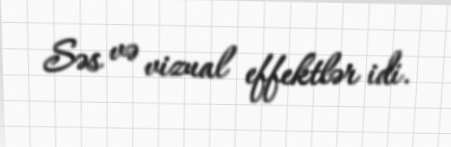
Səs və vizual effektlər idi.